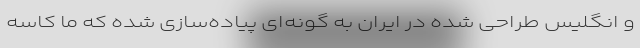
و انگلیس طراحی شده در ایران به گونه‌ای پیاده‌سازی شده که ما کاسه